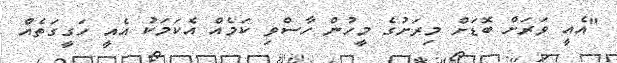
"އެއީ ވަރަށް ބޮޑަށް މިރަށުގެ މީހުން ހާސްވި ކަމެއް އެކަމަކު އެއީ ހަގީގަތެއް